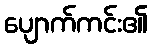
ပျောက်ကင်း၏